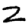
Digit: 2